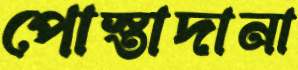
পোস্তাদানা